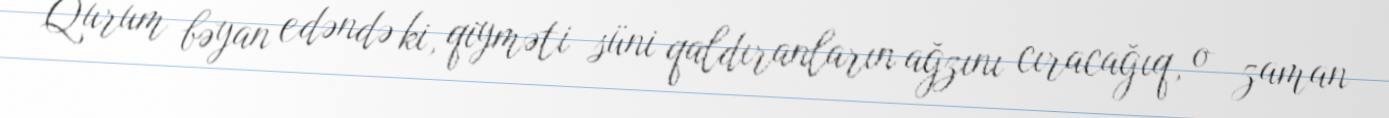
Qurum bəyan edəndə ki, qiyməti süni qaldıranların ağzını cıracağıq, o zaman